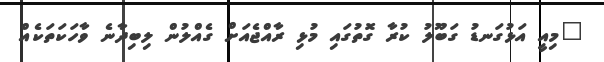
"މިއީ އަޅުގަނޑު ގަބޫލު ކުރާ ގޮތުގައި މުޅި ރާއްޖެއަށް ގެއްލުން ލިބިދާނެ ވާހަކަތަކެއް